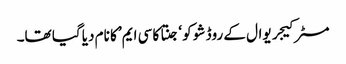
مسٹر کیجریوال کے روڈ شو کو ‘جنتا کا سی ایم’ کا نام دیا گیا تھا۔